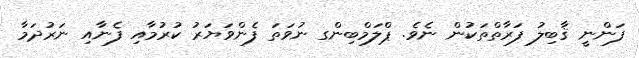
ފަންނީ ޤާބިލު ފަރާތްތަކުން ނެވެ. ޕްލަމްބިންގ ނުވަތަ ފެންވަޔަރު ކުރުމާއި ފެނާއި ނަރުދަމާ